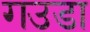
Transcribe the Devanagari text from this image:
गउडा